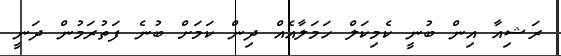
ރަޝިއާ އިން ބުނީ ކެމިކަލް ހަމަލާއެއް ދިން ކަމަށް ބުނެ ފަތުރަމުން ދަނީ